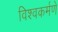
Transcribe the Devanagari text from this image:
विश्वकर्मणे